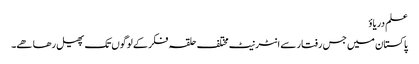
علم دریاؤ
پاکستان میں جس رفتار سے انٹرنیٹ مختلف حلقہ فکر کے لوگوں تک پھیل رھا ھے۔